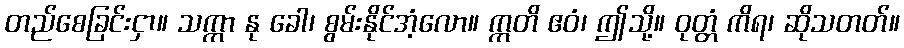
တည်စေခြင်းငှာ။ သက္ကာ နု ခေါ၊ စွမ်းနိုင်အံ့လော။ ဣတိ ဧဝံ၊ ဤသို့။ ဝုတ္တံ ကိရ၊ ဆိုသတတ်။